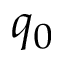
q _ { 0 }